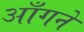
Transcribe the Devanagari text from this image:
आँगने